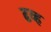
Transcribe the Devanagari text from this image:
ढव्ह